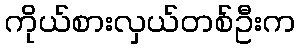
ကိုယ်စားလှယ်တစ်ဦးက